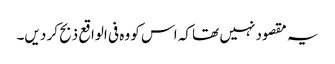
یہ مقصود نہیں تھا کہ اس کو وہ فی الواقع ذبح کر دیں۔